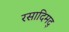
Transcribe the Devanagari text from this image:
रसादिमद्